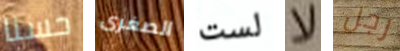
حسنا الصغرى لست لا رجل